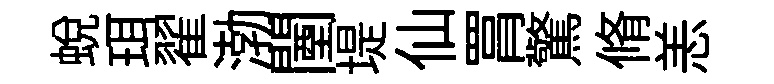
蜕珥翟渤闉堤仙罥驚脩恙